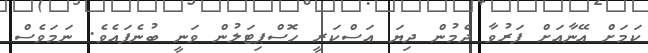
ކަމަށް އޭނާއަށް ފަރުވާ ދެމުން ދިޔަ އަސްކަރީ ހޮސްޕިޓަލުން ވަނީ ބުނެފައެވެ. ނަމަވެސް